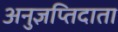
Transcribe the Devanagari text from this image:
अनुज्ञप्तिदाता